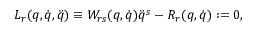
L _ { r } ( q , \dot { q } , \ddot { q } ) \equiv W _ { r s } ( q , \dot { q } ) \ddot { q } ^ { s } - R _ { r } ( q , \dot { q } ) : = 0 ,